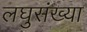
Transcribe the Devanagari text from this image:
लघुसंख्या